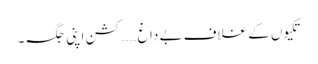
تکیوں کے غلاف بے داغ……کشن اپنی جگہ۔